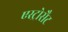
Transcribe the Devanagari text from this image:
एस्ट्रोसैट